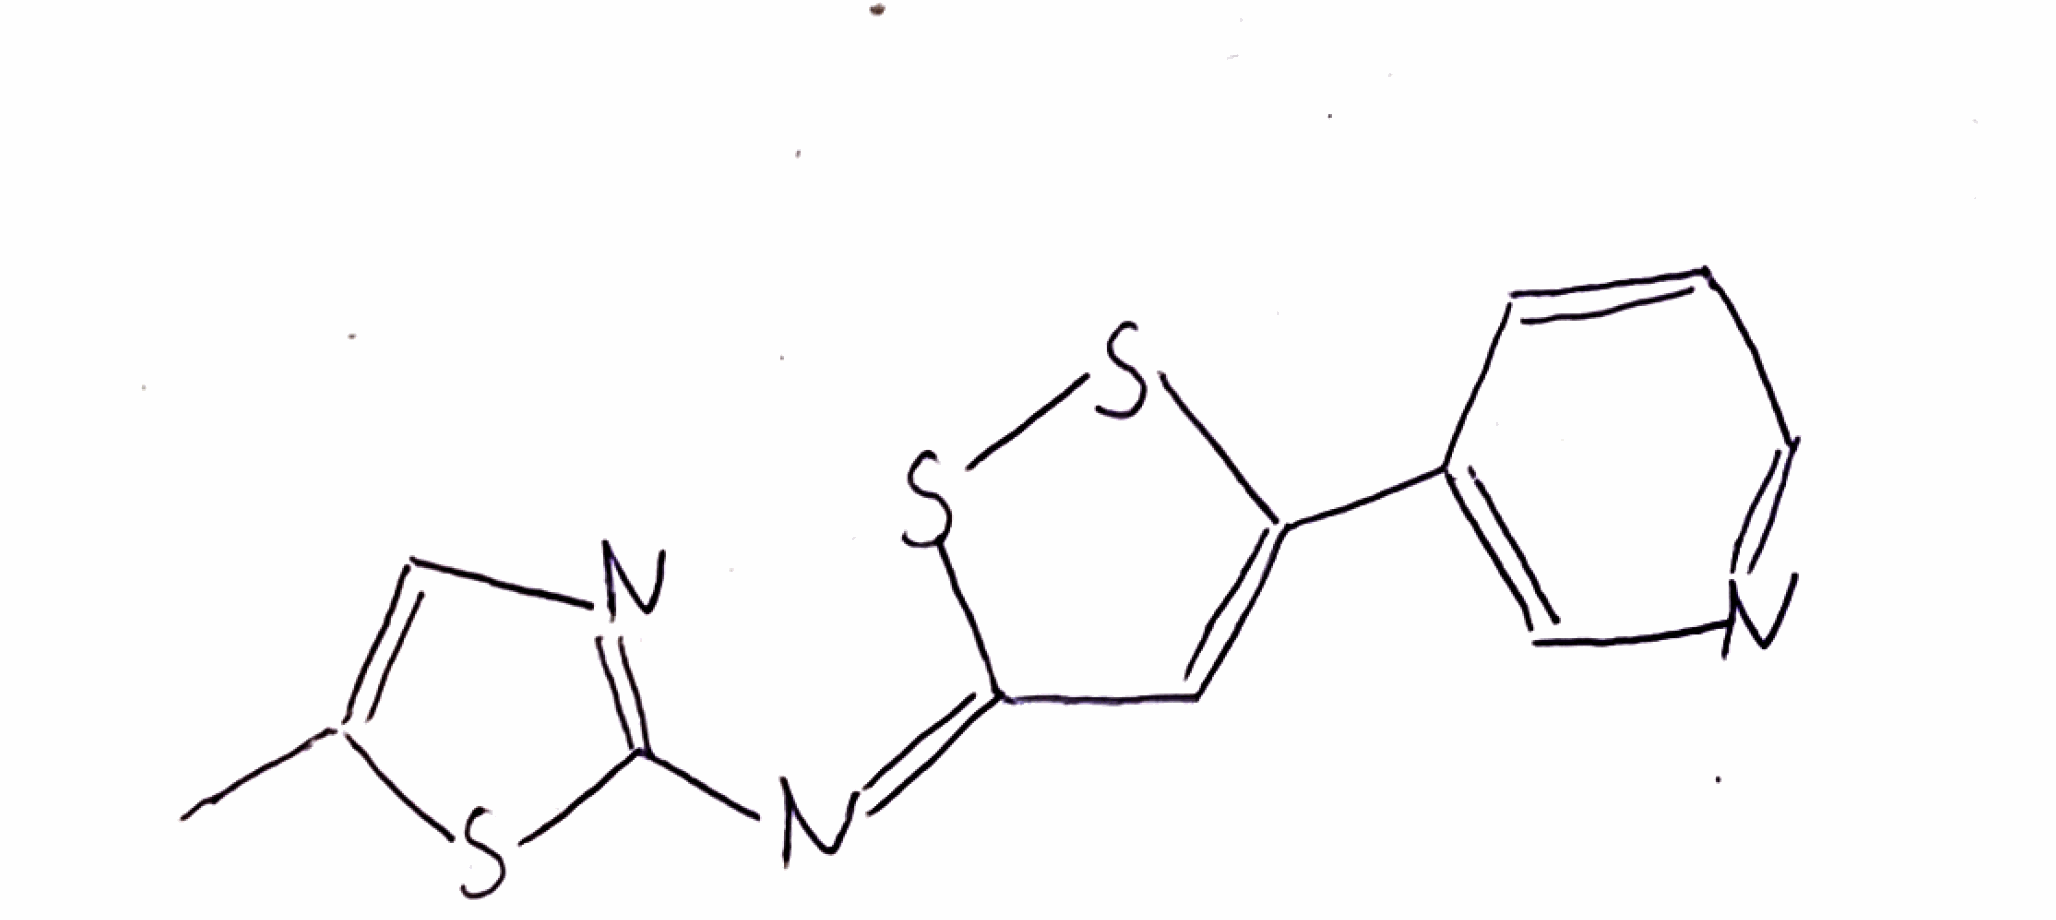
Simplified molecular-input line-entry system (SMILES) notation of the given molecule:
CC1=CN=C(S1)/N=C\2/C=C(SS2)C3=CN=CC=C3